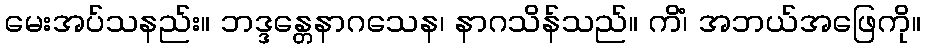
မေးအပ်သနည်း။ ဘဒ္ဒန္တေနာဂသေန၊ နာဂသိန်သည်။ ကိံ၊ အဘယ်အဖြေကို။